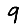
Digit: 9